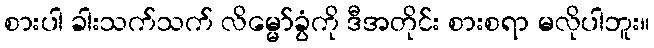
စားပါ ခါးသက်သက် လိမ္မော်ခွံကို ဒီအတိုင်း စားစရာ မလိုပါဘူး။